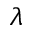
\lambda